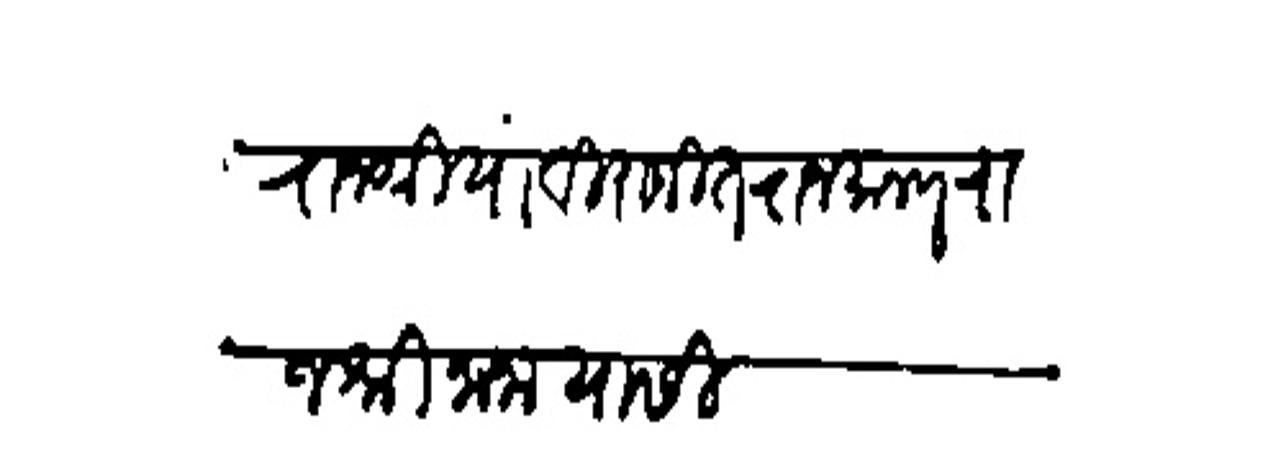
Transliteration (Devanagari): राजाश्रिया विराजित राजमान्य राजश्रीनाना यासी